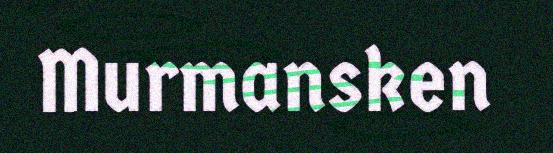
Murmansken